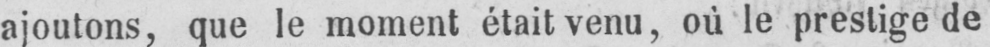
ajoutons, que le moment était venu, où le prestige de